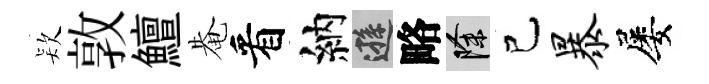
𣣇敦鱣𤲅看納遜略除己暴屡